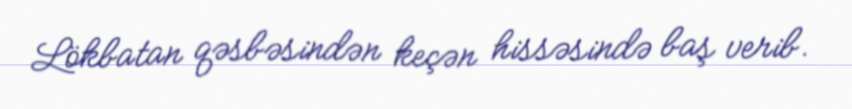
Lökbatan qəsbəsindən keçən hissəsində baş verib.